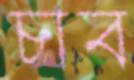
চাব